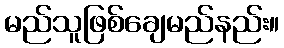
မည်သူဖြစ်ချေမည်နည်း။